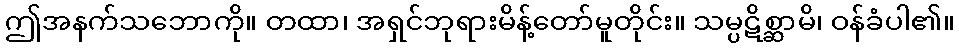
ဤအနက်သဘောကို။ တထာ၊ အရှင်ဘုရားမိန့်တော်မူတိုင်း။ သမ္ပဋိစ္ဆာမိ၊ ဝန်ခံပါ၏။